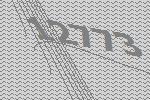
12773